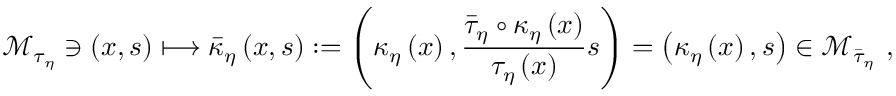
\mathcal { M } _ { \tau _ { \eta } } \ni \left( x , s \right) \longmapsto \bar { \kappa } _ { \eta } \left( x , s \right) : = \left( \kappa _ { \eta } \left( x \right) , \frac { \bar { \tau } _ { \eta } \circ \kappa _ { \eta } \left( x \right) } { \tau _ { \eta } \left( x \right) } s \right) = \left( \kappa _ { \eta } \left( x \right) , s \right) \in \mathcal { M } _ { \bar { \tau } _ { \eta } } \ ,